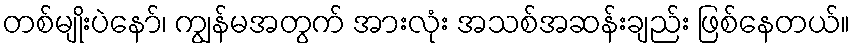
တစ်မျိုးပဲနော်၊ ကျွန်မအတွက် အားလုံး အသစ်အဆန်းချည်း ဖြစ်နေတယ်။